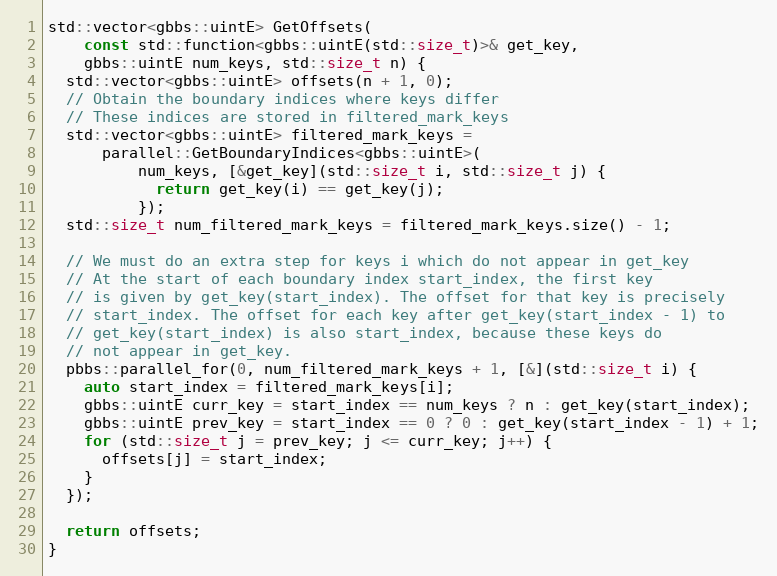
Language: C++
std::vector<gbbs::uintE> GetOffsets(
    const std::function<gbbs::uintE(std::size_t)>& get_key,
    gbbs::uintE num_keys, std::size_t n) {
  std::vector<gbbs::uintE> offsets(n + 1, 0);
  // Obtain the boundary indices where keys differ
  // These indices are stored in filtered_mark_keys
  std::vector<gbbs::uintE> filtered_mark_keys =
      parallel::GetBoundaryIndices<gbbs::uintE>(
          num_keys, [&get_key](std::size_t i, std::size_t j) {
            return get_key(i) == get_key(j);
          });
  std::size_t num_filtered_mark_keys = filtered_mark_keys.size() - 1;

  // We must do an extra step for keys i which do not appear in get_key
  // At the start of each boundary index start_index, the first key
  // is given by get_key(start_index). The offset for that key is precisely
  // start_index. The offset for each key after get_key(start_index - 1) to
  // get_key(start_index) is also start_index, because these keys do
  // not appear in get_key.
  pbbs::parallel_for(0, num_filtered_mark_keys + 1, [&](std::size_t i) {
    auto start_index = filtered_mark_keys[i];
    gbbs::uintE curr_key = start_index == num_keys ? n : get_key(start_index);
    gbbs::uintE prev_key = start_index == 0 ? 0 : get_key(start_index - 1) + 1;
    for (std::size_t j = prev_key; j <= curr_key; j++) {
      offsets[j] = start_index;
    }
  });

  return offsets;
}